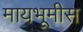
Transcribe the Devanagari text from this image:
मायभूमीस